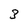
Character: 3